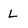
Character: L